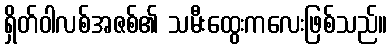
ရှိတ်ဝါလစ်အဇစ်၏ သမီးထွေးကလေးဖြစ်သည်။